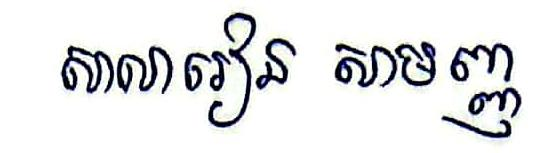
សាលារៀន សាមញ្ញ